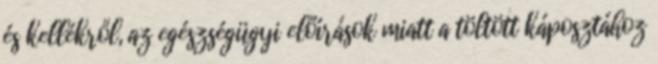
és kellékről, az egészségügyi előírások miatt a töltött káposztához